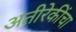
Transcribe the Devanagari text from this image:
अतीरेकींचा